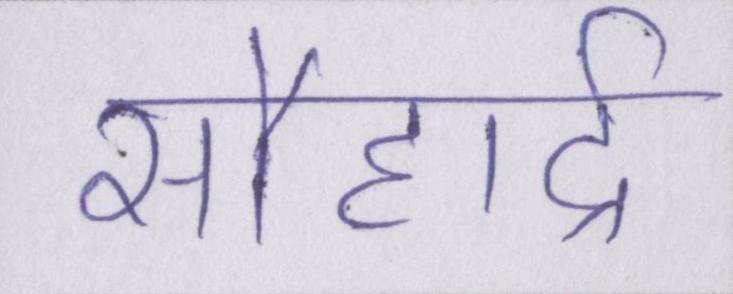
सौहार्द्र